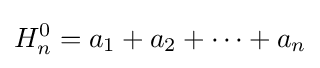
H_{n}^{0}=a_{1}+a_{2}+\cdots +a_{n}